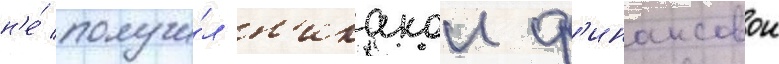
н'е́ получи́л н'икакои ф'инансовои